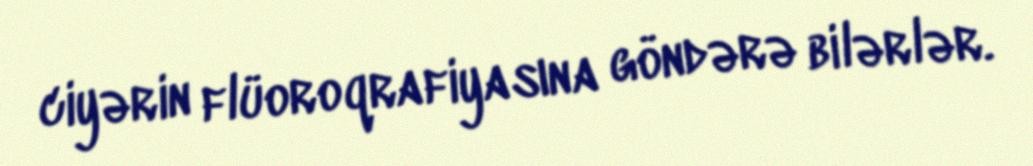
ciyərin flüoroqrafiyasına göndərə bilərlər.